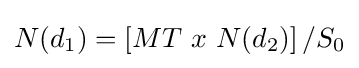
N(d_{1})=\left[MT\ x\ N(d_{2})\right]/S_{0}